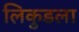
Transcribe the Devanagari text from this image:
लिकुडला